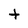
Character: t